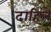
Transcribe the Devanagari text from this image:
दाहिले